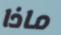
ماذا